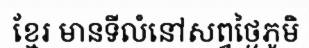
ខ្មែរ មានទីលំនៅសព្វថ្ងៃភូមិ